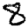
Digit: 8